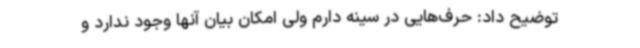
توضیح داد: حرف‌هایی در سینه دارم ولی امکان بیان آنها وجود ندارد و